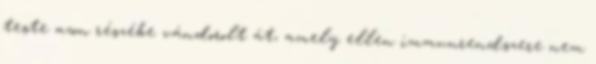
teste azon részébe vándorolt át, amely ellen immunrendszere nem